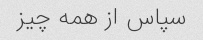
سپاس از همه چیز